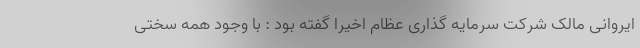
ایروانی مالک شرکت سرمایه گذاری عظام اخیرا گفته بود : با وجود همه سختی